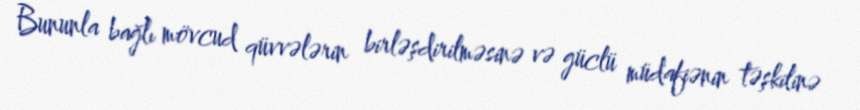
Bununla bağlı mövcud qüvvələrin birləşdirilməsinə və güclü müdafiənin təşkilinə